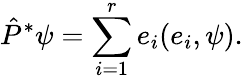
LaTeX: \hat{P}^{*}\psi=\sum_{i=1}^{r}e_{i}(e_{i},\psi).